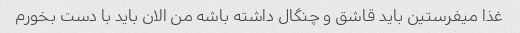
غذا میفرستین باید قاشق و چنگال داشته باشه من الان باید با دست بخورم